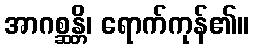
အာဂစ္ဆန္တိ၊ ရောက်ကုန်၏။